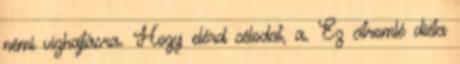
némi vízhajtásra. Hogy elérd célodat, a. Ez citromlé diéta